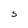
Character: S